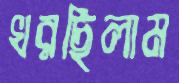
খরছিলাম